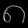
Digit: ၈